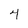
Character: 4